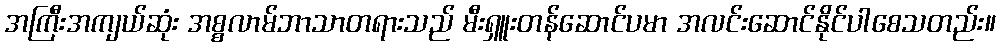
အကြီးအကျယ်ဆုံး အစ္စလာမ်ဘာသာတရားသည် မီးရှူးတန်ဆောင်ပမာ အလင်းဆောင်နိုင်ပါစေသတည်း။